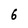
Character: 6